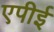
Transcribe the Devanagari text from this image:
एपीई